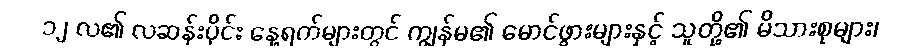
၁၂ လ၏ လဆန်းပိုင်း နေ့ရက်များတွင် ကျွန်မ၏ မောင်ဖွားများနှင့် သူတို့၏ မိသားစုများ၊